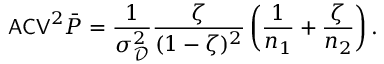
\mathsf { A C V } ^ { 2 } \bar { P } = \frac { 1 } { \sigma _ { \mathscr D } ^ { 2 } } \frac { \zeta } { ( 1 - \zeta ) ^ { 2 } } \left( \frac { 1 } { n _ { 1 } } + \frac { \zeta } { n _ { 2 } } \right) .